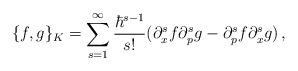
LaTeX: \begin{align*}\{ f , g \}_K = \sum_{s=1}^\infty{\hbar^{s-1} \over s!}(\partial_x^s f \partial_p^s g-\partial_p^s f \partial_x^s g)\,,\end{align*}